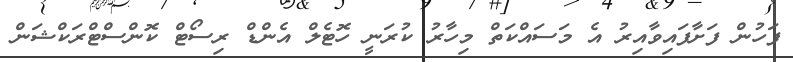
ފަހުން ފަށާފައިވާއިރު އެ މަސައްކަތް މިހާރު ކުރަނީ ހޮޓެލް އެންޑް ރިސޯޓް ކޮންސްޓްރަކްޝަން